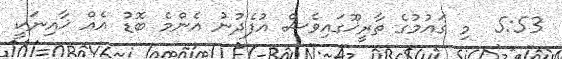
5:53  މި ގައުމުގެ ތާރީޚޫގައިވެސް އުފެދުނު އެންމެ ބޮޑު އެއް ޚާއިނަކީ